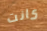
كانت